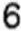
6